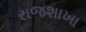
રાજશાખા